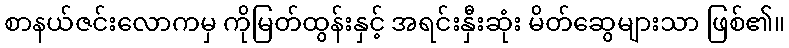
စာနယ်ဇင်းလောကမှ ကိုမြတ်ထွန်းနှင့် အရင်းနှီးဆုံး မိတ်ဆွေများသာ ဖြစ်၏။